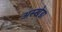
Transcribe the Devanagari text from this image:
अस्खेडा